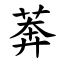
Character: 莾